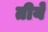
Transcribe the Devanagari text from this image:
तीये